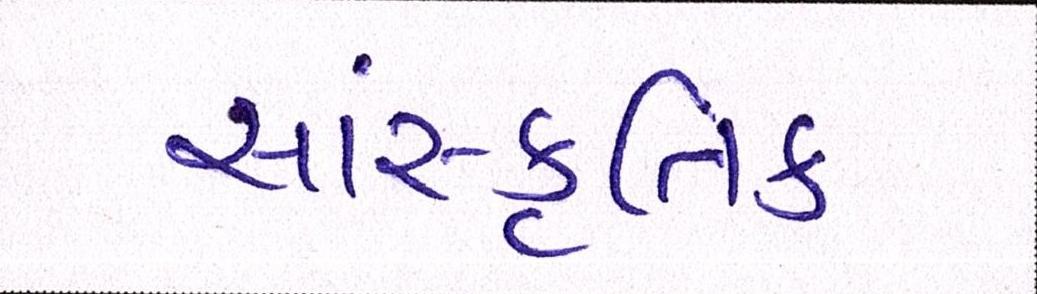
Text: સાંસ્કૃતિક